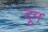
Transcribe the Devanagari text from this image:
दूूम